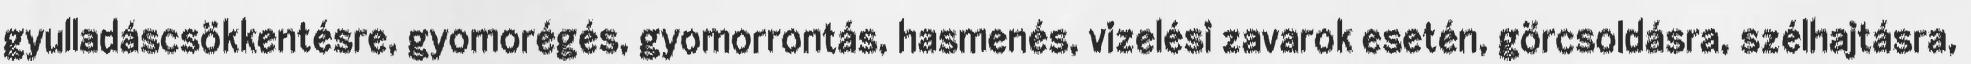
gyulladáscsökkentésre, gyomorégés, gyomorrontás, hasmenés, vizelési zavarok esetén, görcsoldásra, szélhajtásra,